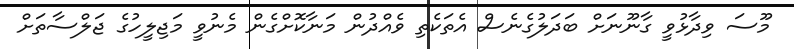
މޫސަ ވިދާޅުވީ ގާނޫނަށް ބަދަލުގެނެސް އެތަކެތި ވެއްދުން މަނާކޮށްގެން މެނުވީ މަޖިލީހުގެ ޖަލްސާތަށް